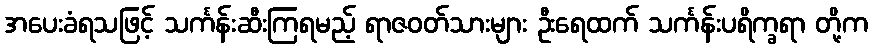
အပေးခံရသဖြင့် သင်္ကန်းဆီးကြရမည့် ရာဇဝတ်သားများ ဦးရေထက် သင်္ကန်းပရိက္ခရာ တို့က